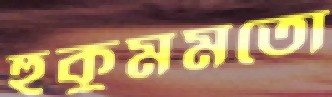
হুকুমমতো